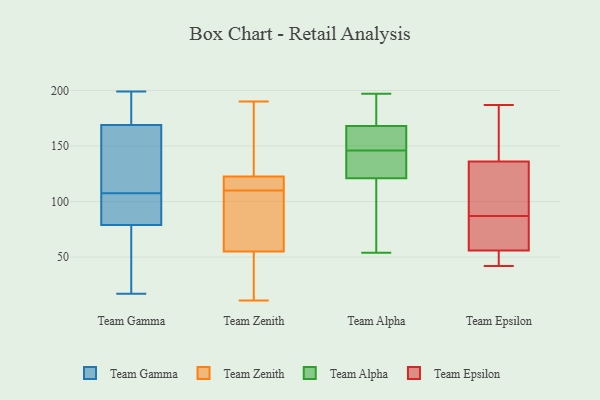
{"axis": {"x": "Conversion Rate (%)", "y": "Value"}, "legend": ["Team Alpha", "Team Epsilon", "Team Gamma", "Team Zenith"], "data": [{"x": "", "y": 199, "type": "Team Gamma"}, {"x": "", "y": 62, "type": "Team Gamma"}, {"x": "", "y": 83, "type": "Team Gamma"}, {"x": "", "y": 169, "type": "Team Gamma"}, {"x": "", "y": 79, "type": "Team Gamma"}, {"x": "", "y": 48, "type": "Team Gamma"}, {"x": "", "y": 191, "type": "Team Gamma"}, {"x": "", "y": 105, "type": "Team Gamma"}, {"x": "", "y": 117, "type": "Team Gamma"}, {"x": "", "y": 17, "type": "Team Gamma"}, {"x": "", "y": 97, "type": "Team Gamma"}, {"x": "", "y": 136, "type": "Team Gamma"}, {"x": "", "y": 110, "type": "Team Gamma"}, {"x": "", "y": 183, "type": "Team Gamma"}, {"x": "", "y": 44, "type": "Team Zenith"}, {"x": "", "y": 110, "type": "Team Zenith"}, {"x": "", "y": 118, "type": "Team Zenith"}, {"x": "", "y": 129, "type": "Team Zenith"}, {"x": "", "y": 118, "type": "Team Zenith"}, {"x": "", "y": 124, "type": "Team Zenith"}, {"x": "", "y": 11, "type": "Team Zenith"}, {"x": "", "y": 89, "type": "Team Zenith"}, {"x": "", "y": 14, "type": "Team Zenith"}, {"x": "", "y": 190, "type": "Team Zenith"}, {"x": "", "y": 88, "type": "Team Zenith"}, {"x": "", "y": 144, "type": "Team Alpha"}, {"x": "", "y": 118, "type": "Team Alpha"}, {"x": "", "y": 165, "type": "Team Alpha"}, {"x": "", "y": 149, "type": "Team Alpha"}, {"x": "", "y": 180, "type": "Team Alpha"}, {"x": "", "y": 148, "type": "Team Alpha"}, {"x": "", "y": 72, "type": "Team Alpha"}, {"x": "", "y": 54, "type": "Team Alpha"}, {"x": "", "y": 156, "type": "Team Alpha"}, {"x": "", "y": 170, "type": "Team Alpha"}, {"x": "", "y": 142, "type": "Team Alpha"}, {"x": "", "y": 169, "type": "Team Alpha"}, {"x": "", "y": 94, "type": "Team Alpha"}, {"x": "", "y": 141, "type": "Team Alpha"}, {"x": "", "y": 66, "type": "Team Alpha"}, {"x": "", "y": 197, "type": "Team Alpha"}, {"x": "", "y": 146, "type": "Team Alpha"}, {"x": "", "y": 170, "type": "Team Alpha"}, {"x": "", "y": 130, "type": "Team Alpha"}, {"x": "", "y": 116, "type": "Team Epsilon"}, {"x": "", "y": 42, "type": "Team Epsilon"}, {"x": "", "y": 45, "type": "Team Epsilon"}, {"x": "", "y": 53, "type": "Team Epsilon"}, {"x": "", "y": 187, "type": "Team Epsilon"}, {"x": "", "y": 121, "type": "Team Epsilon"}, {"x": "", "y": 87, "type": "Team Epsilon"}, {"x": "", "y": 66, "type": "Team Epsilon"}, {"x": "", "y": 65, "type": "Team Epsilon"}, {"x": "", "y": 141, "type": "Team Epsilon"}, {"x": "", "y": 155, "type": "Team Epsilon"}]}